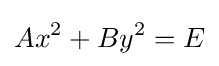
Ax^{2}+By^{2}=E